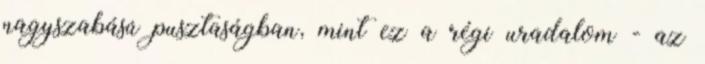
nagyszabású pusztaságban, mint ez a régi uradalom - az